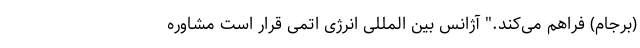
(برجام) فراهم می‌کند." آژانس بین المللی انرژی اتمی قرار است مشاوره‌